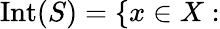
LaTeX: {\mathrm{Int}}(S)=\{ x\in X: